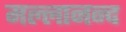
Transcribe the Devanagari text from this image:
मल्लानन्द